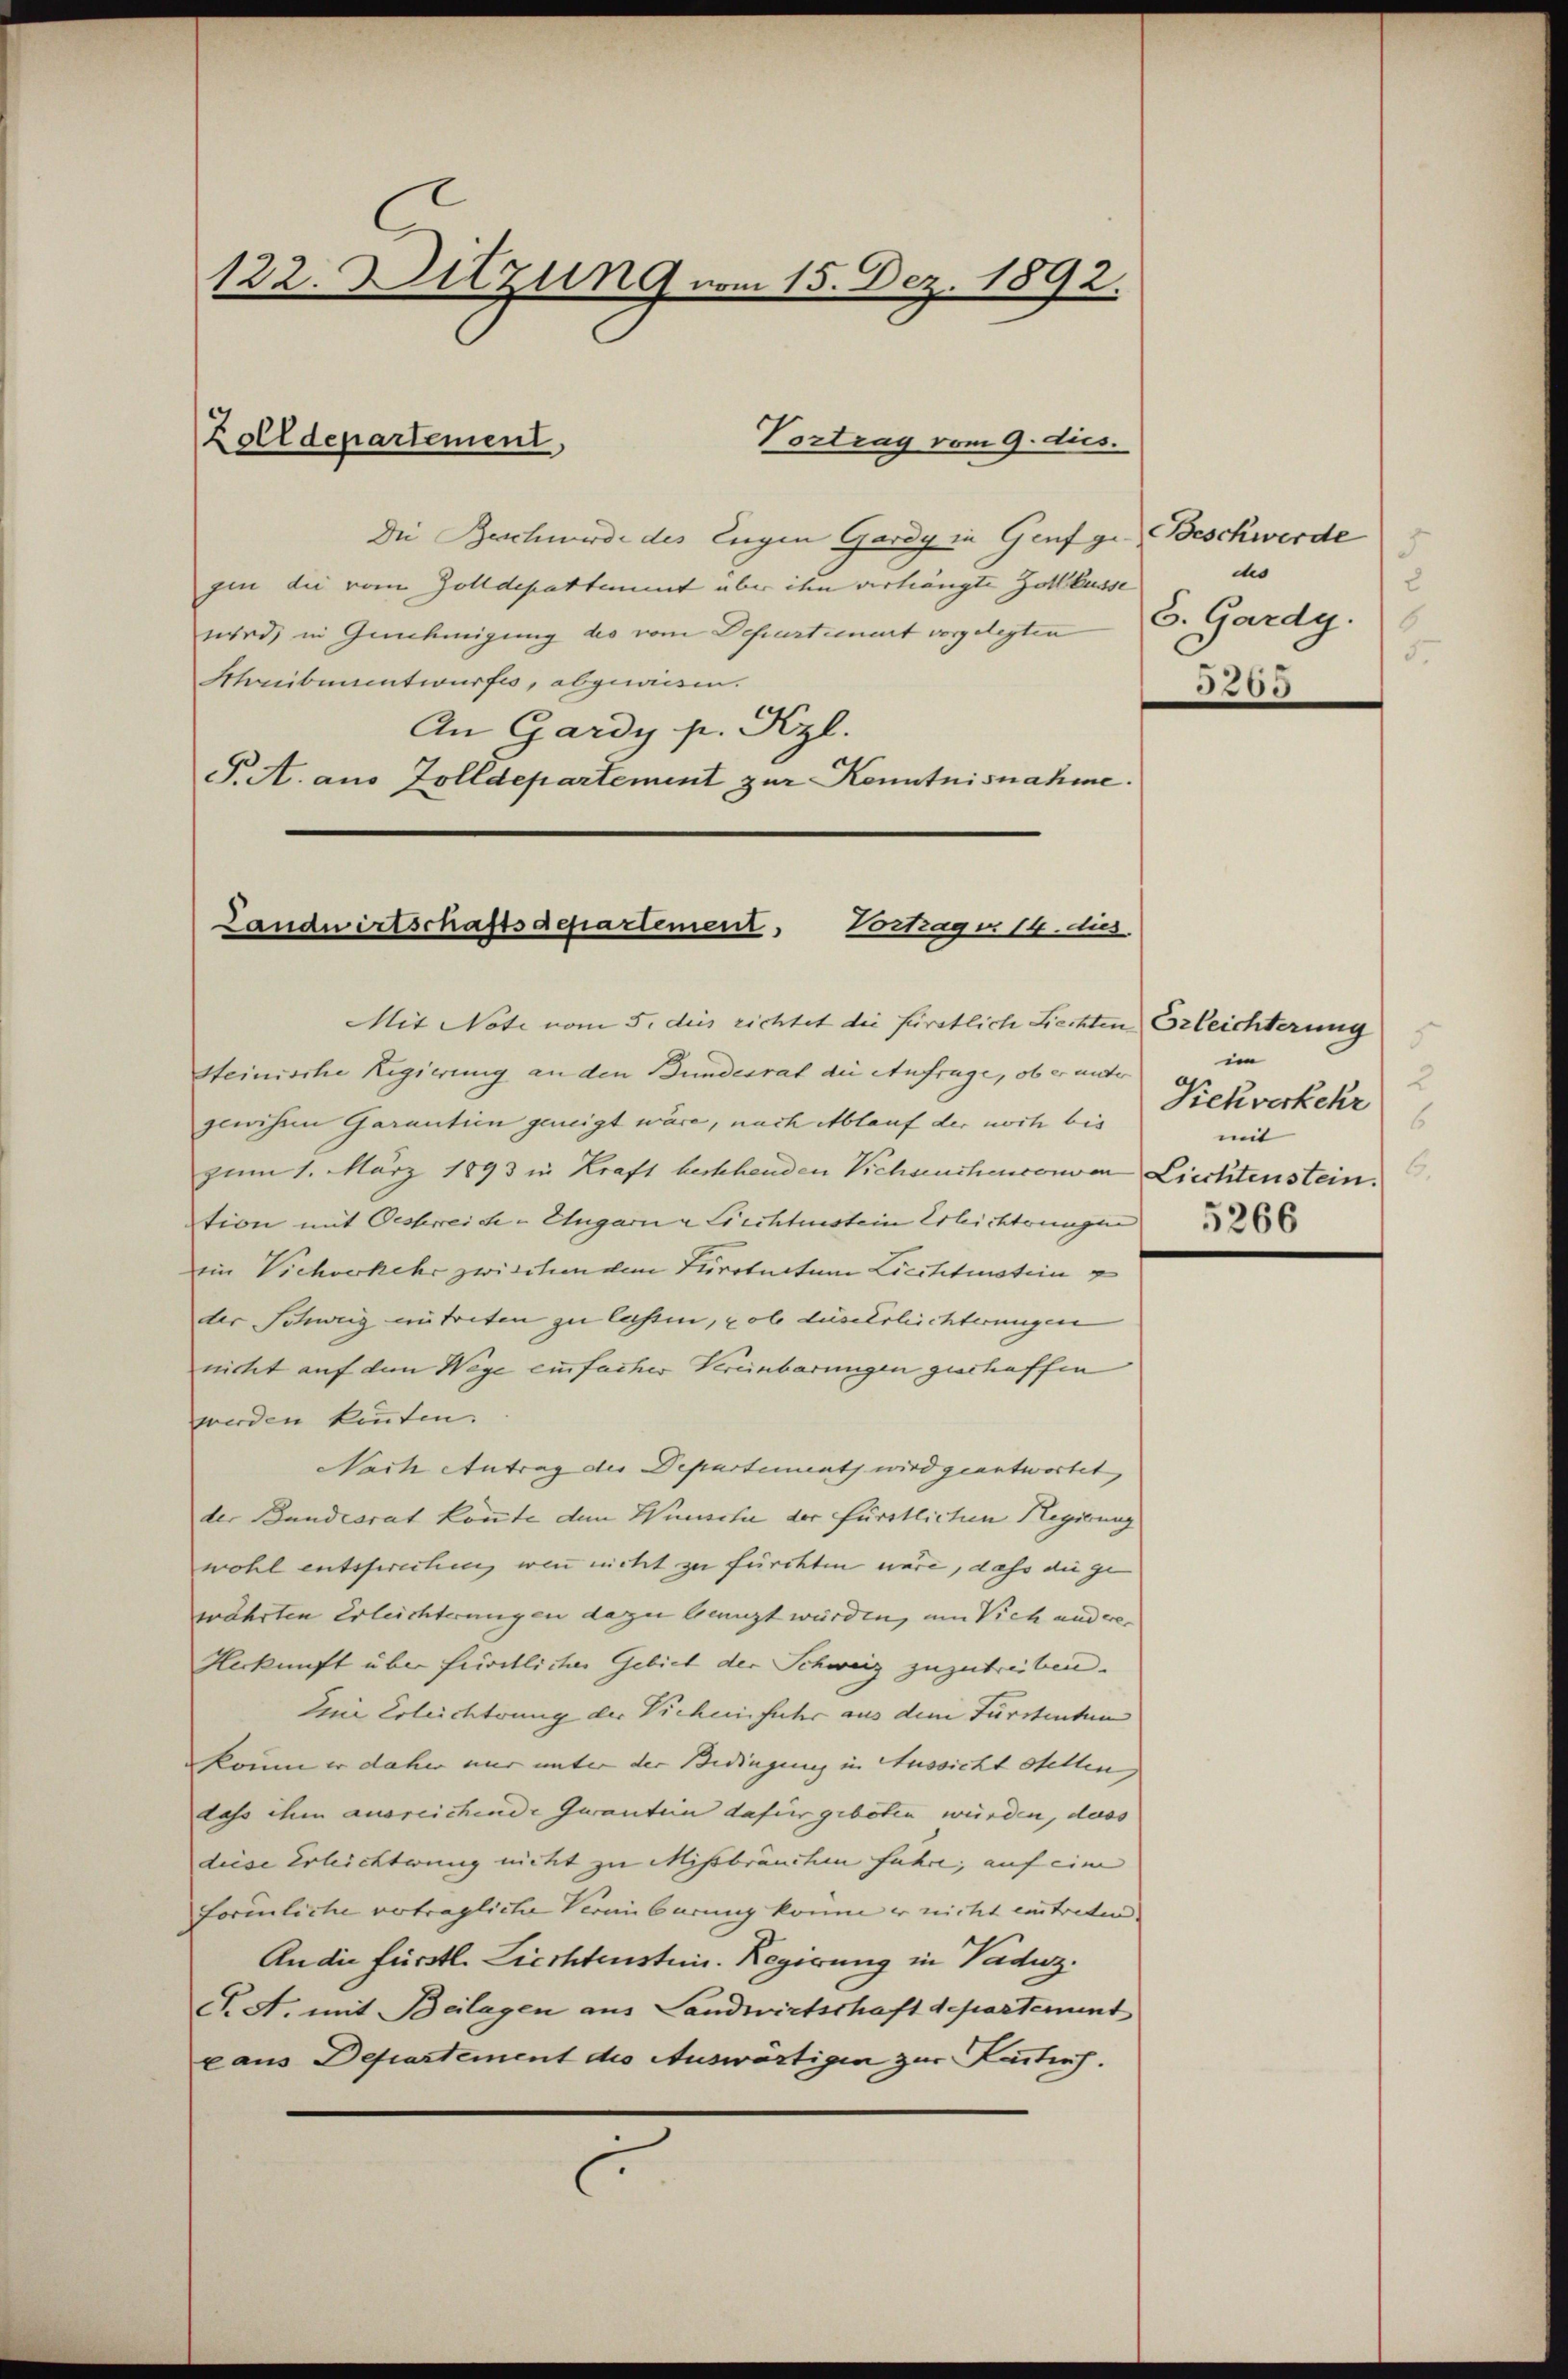
122. Sitzung vom 15. Dez. 1892.

Vortrag vom 9. Aus
Die Beschwerde des Eugen Gardy in Genf ge Beschwerde
gin die vom Zolldepartement über ihn verhängte Zollbusse
wird, in Genehmigung des vom Departiert vorgelegten
Schreibunentwurfes, abgewiesen.
An Gardy p. Kzl.
P. A. aus Zolldepartement zur Kenntnisnahme.

Zolldepartement,

Mit Note vom 5. dies richtet die fürstlich Liechten Erleichterung
Steinische Regierung an den Bundesrat die Aufrüge, ob er unter
glichem Garantien geneigt wäre, nach Ablauf der noch bis
zum 1. März 1893 in Kraft bestehenden Vichsuchenconven Liechtenstein.
tion mit Oestreich-Augarn a Liechtmstein Erlichtungen                  260
ein Viehverkehr zwischen dem Turotuctum Liechtmotion
der Schweig entreten zu lassen, pole diserlichterungen
nicht auf den Wege einfacher Vereinbarungen geschaffen
werden kanten.
Nach Antrag des Departement wird geantwortet,
der Bundesrat konnte den Wunsche der fürstlichen Regierung
wohl entsprechen, wenn nicht zu fürchten wäre, dass die ge-
währten Erleichterungen dazu benuzt würden, um Vich andere
Herkunft über fristlicher Gebiet der Schweiz zuzutreiben.
Die Erleichtung der Vicheinfuhr aus dem Fürstenten
kann er daher nur unter der Bedingung in Aussicht stellen
dass ihm ausreichende Garantien dafür geboten würden, dass
diese Erleichterung nicht zu Missbräuchen fuhre, auf eine
förmliche vetragliche Vereinbarung komme er nicht eintreten
Andie fürstl. Liechtenstein. Regierung in Paduz.
S. A. mit Beilagen aus Landwirtschaft depostement
x aus Departement die Auswärtigen zur Lachuf.

Landwirtschaftsdepartement,
Vortrag v. 14. dies

5
mo
2
S. Gardg.
5.
3200

5
im
2
Viehverkehr
6
mit
6.